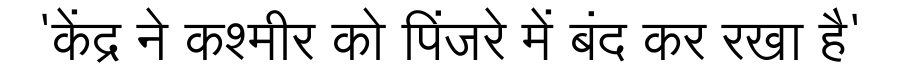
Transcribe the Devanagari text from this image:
'केंद्र ने कश्मीर को पिंजरे में बंद कर रखा है'